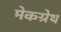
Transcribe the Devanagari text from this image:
मेकग्रेथ